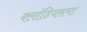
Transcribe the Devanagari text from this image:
क्लॉडियसचा